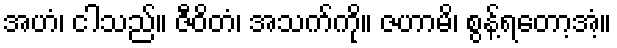
အဟံ၊ ငါသည်။ ဇီဝိတံ၊ အသက်ကို။ ဇဟာမိ၊ စွန့်ရတော့အံ့။